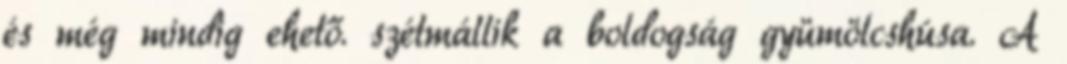
és még mindig ehető. szétmállik a boldogság gyümölcshúsa. A